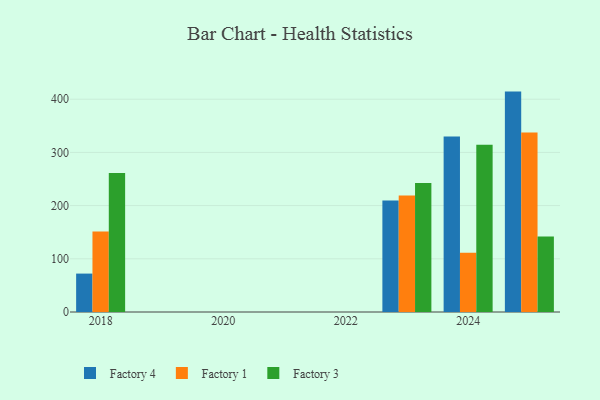
{"axis": {"x": "Year", "y": "Production Output"}, "legend": ["Factory 1", "Factory 3", "Factory 4"], "data": [{"x": "2018", "y": 72.2, "type": "Factory 4"}, {"x": "2018", "y": 151.2, "type": "Factory 1"}, {"x": "2018", "y": 261.3, "type": "Factory 3"}, {"x": "2025", "y": 414.3, "type": "Factory 4"}, {"x": "2025", "y": 337.5, "type": "Factory 1"}, {"x": "2025", "y": 142.1, "type": "Factory 3"}, {"x": "2023", "y": 209.5, "type": "Factory 4"}, {"x": "2023", "y": 219.2, "type": "Factory 1"}, {"x": "2023", "y": 242.7, "type": "Factory 3"}, {"x": "2024", "y": 329.7, "type": "Factory 4"}, {"x": "2024", "y": 111.4, "type": "Factory 1"}, {"x": "2024", "y": 314.6, "type": "Factory 3"}]}